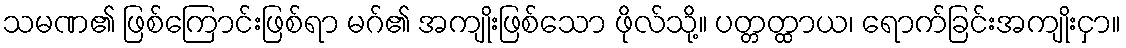
သမဏ၏ ဖြစ်ကြောင်းဖြစ်ရာ မဂ်၏ အကျိုးဖြစ်သော ဖိုလ်သို့။ ပတ္တတ္ထာယ၊ ရောက်ခြင်းအကျိုးငှာ။